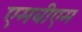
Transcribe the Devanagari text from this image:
एमबीएम